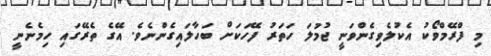
މި ފްރޭމްވޯކު އެކުލެވިގެންވަނީ ޖުމުލަ ހަތަރު ފޭހަކަށް ބަހާލައިގެންނެވެ. އޭގެ ތެރޭގައި ހިމެނެނީ